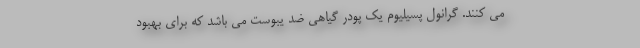
می کنند. گرانول پسیلیوم یک پودر گیاهی ضد یبوست می باشد که برای بهبود